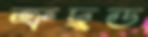
ত্রুদ্ধড